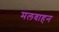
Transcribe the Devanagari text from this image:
मलवाहन